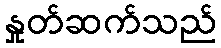
နှုတ်ဆက်သည်